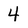
Character: 4